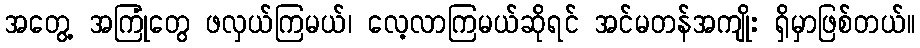
အတွေ့ အကြုံတွေ ဖလှယ်ကြမယ်၊ လေ့လာကြမယ်ဆိုရင် အင်မတန်အကျိုး ရှိမှာဖြစ်တယ်။